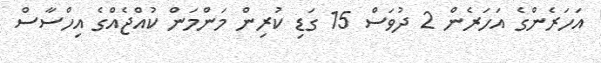
އަހަރެންގެ އަހަރެން 2 ދުވަސް 15 ގަޑި ކުރިން މަންމަން ކުއްޖެއްގެ އިހްސާސް